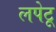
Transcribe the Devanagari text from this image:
लपेटू